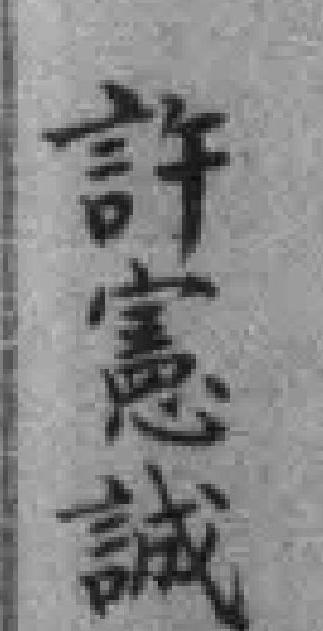
許憲誠